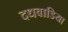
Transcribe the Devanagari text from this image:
दधवाडिया